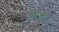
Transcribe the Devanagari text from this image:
फ़ौवारे